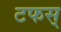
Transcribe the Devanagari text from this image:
टफस्